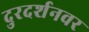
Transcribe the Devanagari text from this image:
दुरदर्शनवर